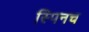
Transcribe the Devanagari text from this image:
स्पिनच